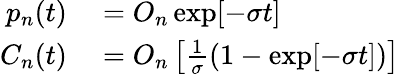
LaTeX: \begin{array}{rl}{p_{n}(t)}&{{}=O_{n}\exp[-\sigma t]}\\ {C_{n}(t)}&{{}=O_{n}\left[\frac{1}{\sigma}(1-\exp[-\sigma t])\right]}\end{array}